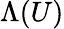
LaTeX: \Lambda(U)